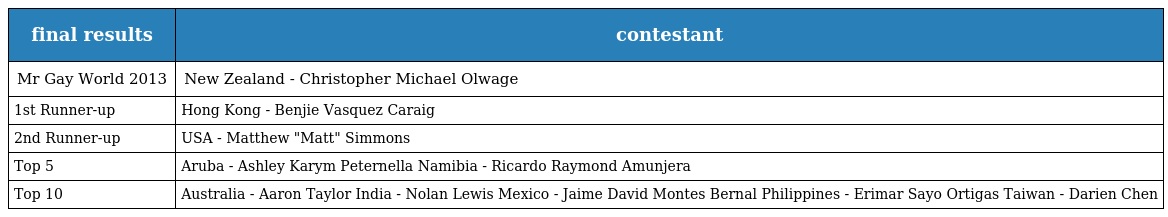
| final results | contestant |
 | --- | --- |
 | Mr Gay World 2013 | New Zealand - Christopher Michael Olwage |
 | 1st Runner-up | Hong Kong - Benjie Vasquez Caraig |
 | 2nd Runner-up | USA - Matthew "Matt" Simmons |
 | Top 5 | Aruba - Ashley Karym Peternella Namibia - Ricardo Raymond Amunjera |
 | Top 10 | Australia - Aaron Taylor India - Nolan Lewis Mexico - Jaime David Montes Bernal Philippines - Erimar Sayo Ortigas Taiwan - Darien Chen |